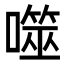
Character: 噬